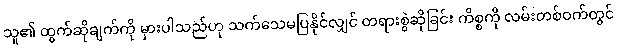
သူ၏ ထွက်ဆိုချက်ကို မှားပါသည်ဟု သက်သေမပြနိုင်လျှင် တရားစွဲဆိုခြင်း ကိစ္စကို လမ်းတစ်ဝက်တွင်